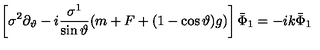
\left[ \sigma ^ { 2 } \partial _ { \vartheta } - i \frac { \sigma ^ { 1 } } { \sin \vartheta } ( m + F + ( 1 - \cos \vartheta ) g ) \right] \bar { \Phi } _ { 1 } = - i k \bar { \Phi } _ { 1 }